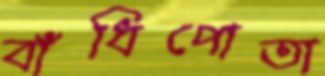
বাঁধিপোতা